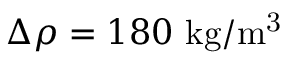
\Delta \rho = 1 8 0 ~ \mathrm { k g / m ^ { 3 } }